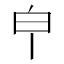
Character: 𤼽